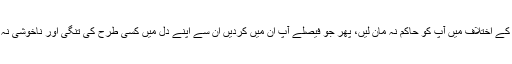
یہ مومن نہیں ہوسکتے جب تک کہ تمام آپس کے اختلاف میں آپ کو حاکم نہ مان لیں، پھر جو فیصلے آپ ان میں کردیں ان سے اپنے دل میں کسی طرح کی تنگی اور ناخوشی نہ پائیں اور فرمانبرداری کے ساتھ قبول کرلیں۔